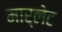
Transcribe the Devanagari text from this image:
मार्लेट